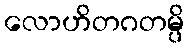
လောဟိတဂတမ္ပိ